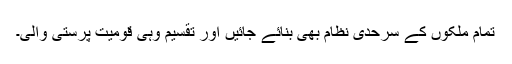
تمام ملکوں کے سرحدی نظام بھی بنائے جائیں اور تقسیم وہی قومیت پرستی والی۔